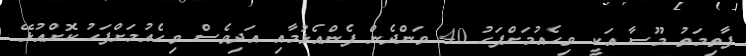
ފާތިމަތު މޫސާ އަކީ ވިހެއުމަށްފަހު 40 ވަންދެން ފެންއެޅުމާއި އަދިވެސް ވިހެއުމަށްފަހު ކޮށްއުޅޭ